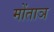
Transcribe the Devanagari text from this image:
मोंताञ